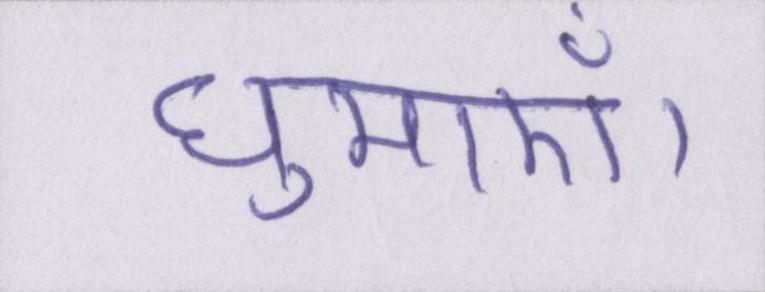
घुमाएँ।